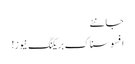
جانئے
افسوسناک بریکنگ نیوز!